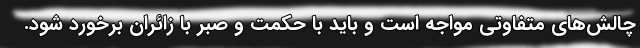
چالش‌های متفاوتی مواجه است و باید با حکمت و صبر با زائران برخورد شود.